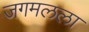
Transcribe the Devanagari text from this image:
जगमलला